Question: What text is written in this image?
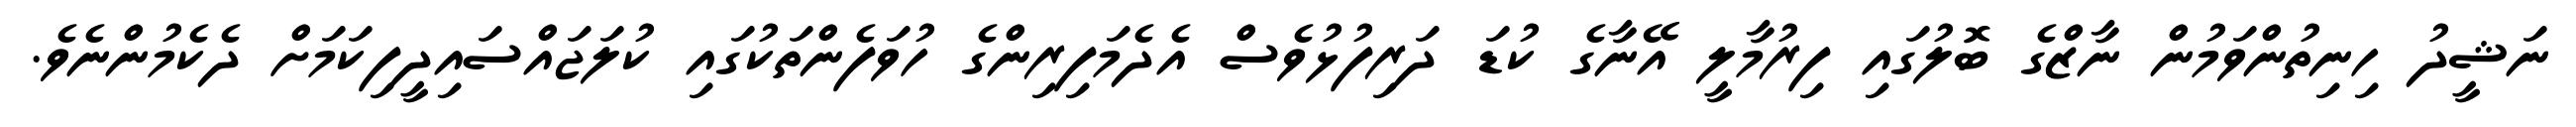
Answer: ނަޝީދު ހިނިތުންވަމުން ނާޒްގެ ބޮލުގައި ފިރުމާލީ އޭނާގެ ކުޑަ ދަރިފުޅުވެސް އެދެމަފިރިންގެ ހުވަފެންތަކުގައި ކުލަޖައްސައިދީފިކަމަށް ދެކެމުންނެވެ.